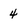
Character: 4